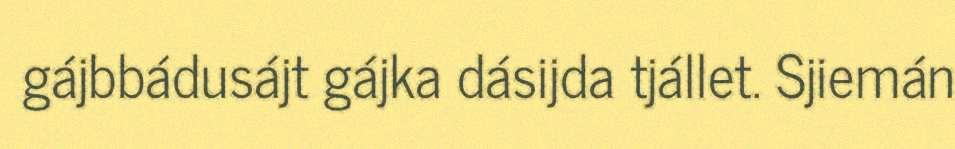
gájbbádusájt gájka dásijda tjállet. Sjiemán